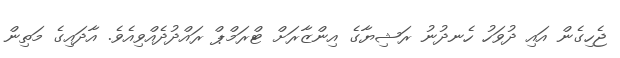
ޖެހިގެން އައި ދުވަހު ހެނދުނު ރަޝިޔާގެ އިންޒާރަށް ޓްރަމްޕް ރައްދުދެއްވިއެވެ. އާދައިގެ މަތިން